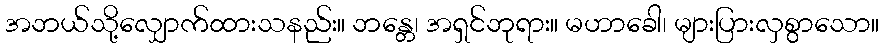
အဘယ်သို့လျှောက်ထားသနည်း။ ဘန္တေ၊ အရှင်ဘုရား။ မဟာခေါ၊ များပြားလှစွာသော။